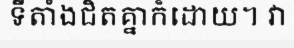
ទីតាំងជិតគ្នាក៏ដោយ។ វា